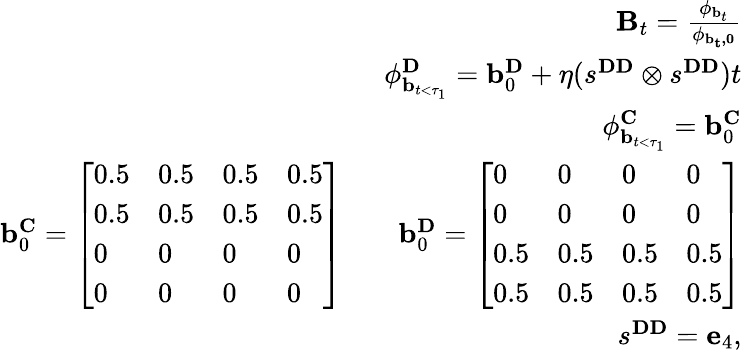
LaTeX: \begin{array}{r}{\mathbf{B}_{t}=\frac{\mathbf{\phi}_{\mathbf{b}_{t}}}{\mathbf{\phi}_{\mathbf{{b}_{t},0}}}}\\ {\mathbf{\phi}_{\mathbf{b}_{t<\tau_{1}}}^{\mathbf{D}}=\mathbf{b}_{0}^{\mathbf{D}}+\eta(s^{\mathbf{DD}}\otimes s^{\mathbf{DD}})t}\\ {\mathbf{\phi}_{\mathbf{b}_{t<\tau_{1}}}^{\mathbf{C}}=\mathbf{b}_{0}^{\mathbf{C}}}\\ {\mathbf{b}_{0}^{\mathbf{C}}=\left[\begin{array}{llll}{0.5}&{0.5}&{0.5}&{0.5}\\ {0.5}&{0.5}&{0.5}&{0.5}\\ {0}&{0}&{0}&{0}\\ {0}&{0}&{0}&{0}\end{array}\right]\qquad\mathbf{b}_{0}^{\mathbf{D}}=\left[\begin{array}{llll}{0}&{0}&{0}&{0}\\ {0}&{0}&{0}&{0}\\ {0.5}&{0.5}&{0.5}&{0.5}\\ {0.5}&{0.5}&{0.5}&{0.5}\end{array}\right]}\\ {s^{\mathbf{DD}}=\mathbf{e}_{4},}\end{array}